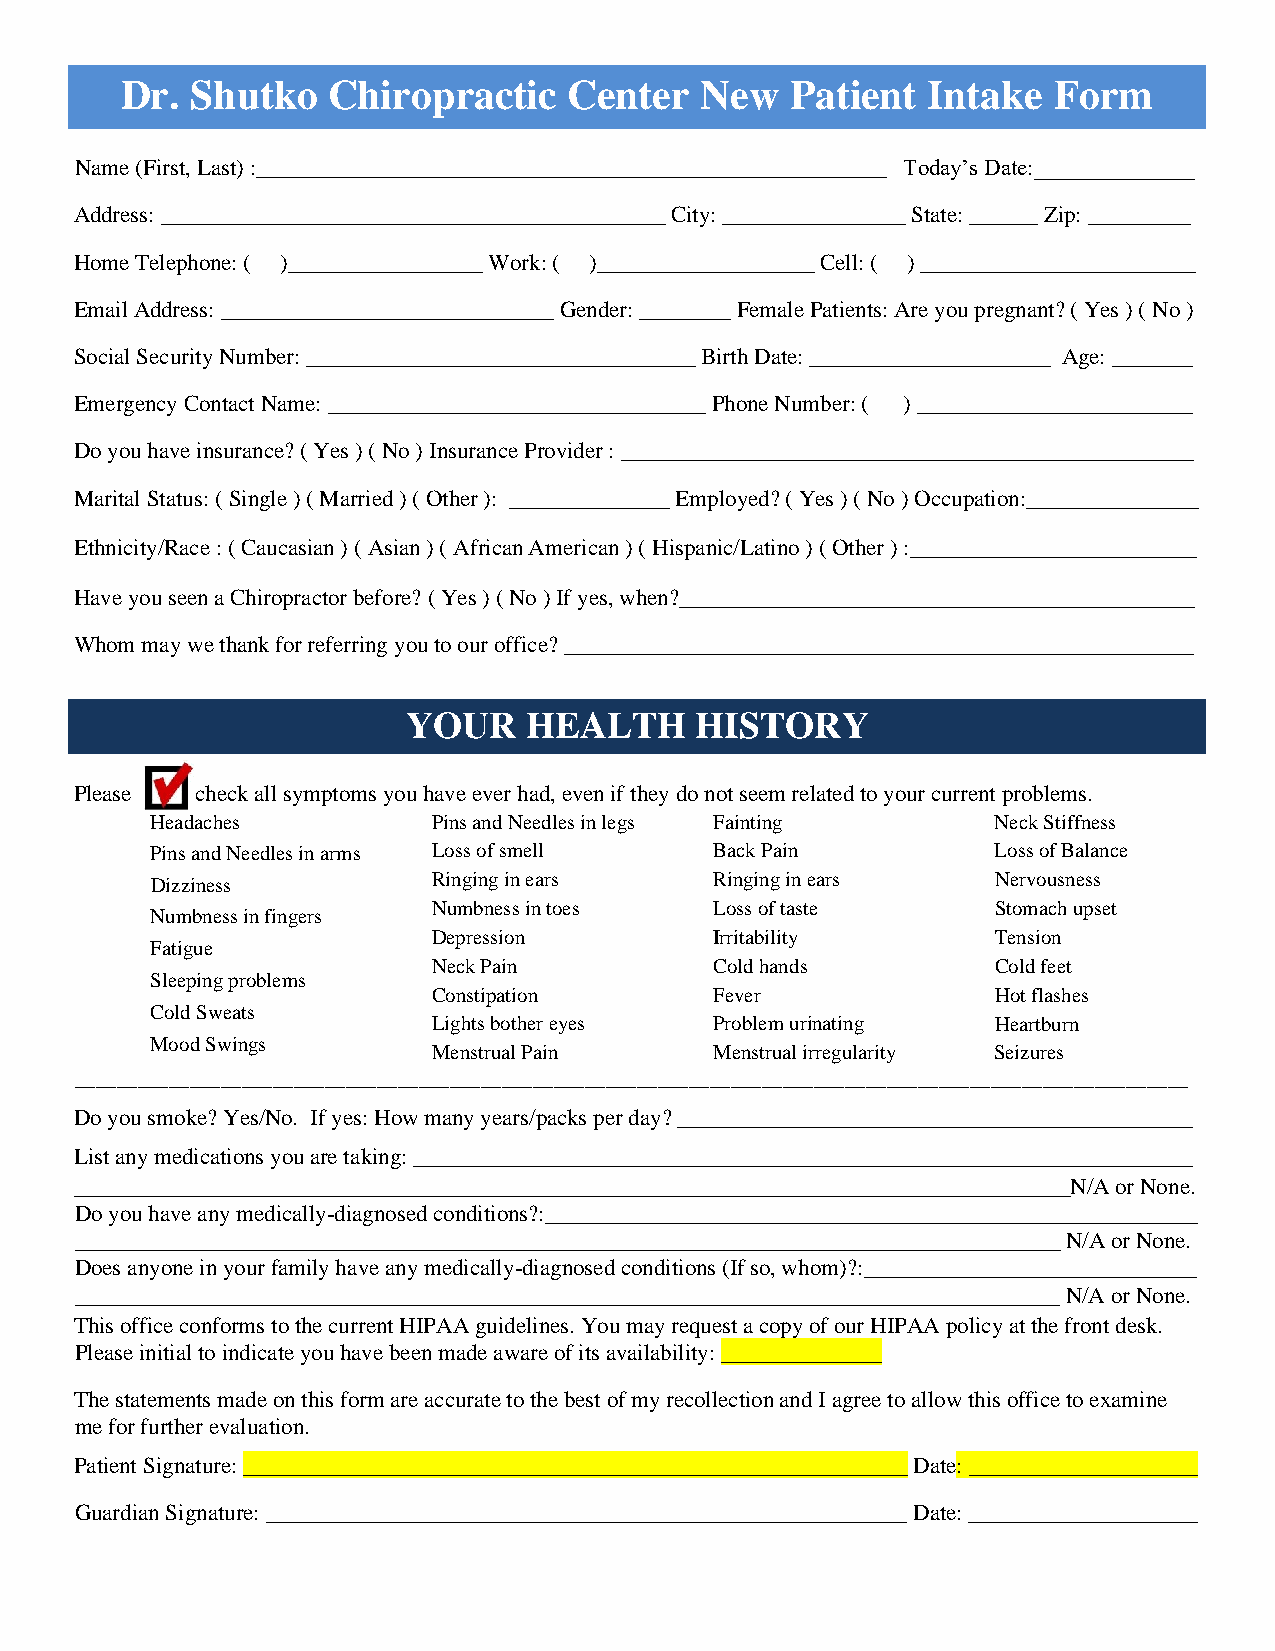
Dr.  Shutko   Chiropractic    Center  New   Patient  Intake   Form
 Name (First, Last) :_______________________________________________________ Today’s Date:______________
 Address: ____________________________________________ City: ________________ State: ______ Zip: _________
 Home Telephone: ( )_________________ Work: ( )___________________ Cell: ( ) ________________________
 Email Address: _____________________________ Gender: ________ Female Patients: Are you pregnant? ( Yes ) ( No )
 Social Security Number: __________________________________ Birth Date: _____________________ Age: _______
 Emergency Contact Name: _________________________________ Phone Number: ( ) ________________________
 Do you have insurance? ( Yes ) ( No ) Insurance Provider : __________________________________________________
 Marital Status: ( Single ) ( Married ) ( Other ): ______________ Employed? ( Yes ) ( No ) Occupation:_______________
 Ethnicity/Race : ( Caucasian ) ( Asian ) ( African American ) ( Hispanic/Latino ) ( Other ) :_________________________
 Have you seen a Chiropractor before? ( Yes ) ( No ) If yes, when?_____________________________________________
 Whom may we thank for referring you to our office? _______________________________________________________
 YOUR    HEALTH     HISTORY
 Please  check all symptoms you have ever had, even if they do not seem related to your current problems.
 Headaches          P i n s and Needles in legs F a i nting N e ck Stiffness
 Pins and Needles in arms Loss of smell Back Pain        Loss of Balance
 Dizziness          Ringing in ears   Ringing in ears    Nervousness
 Numbness in toes  Loss of taste      Stomach upset
 Numbness in fingers
 Depression        Irritability       Tension
 Fatigue
 Neck Pain         Cold hands         Cold feet
 Sleeping problems
 Constipation      Fever              Hot flashes
 Cold Sweats
 Lights bother eyes Problem urinating Heartburn
 Mood Swings
 Menstrual Pain    Menstrual irregularity Seizures
 ___________________________________________________________________________________________________________
 Do you smoke? Yes/No. If yes: How many years/packs per day? _____________________________________________
 List any medications you are taking: ____________________________________________________________________
 _______________________________________________________________________________________N/A or None.
 Do you have any medically-diagnosed conditions?:_________________________________________________________
 ______________________________________________________________________________________ N/A or None.
 Does anyone in your family have any medically-diagnosed conditions (If so, whom)?:_____________________________
 ______________________________________________________________________________________ N/A or None.
 This office conforms to the current HIPAA guidelines. You may request a copy of our HIPAA policy at the front desk.
 Please initial to indicate you have been made aware of its availability: ______________
 The statements made on this form are accurate to the best of my recollection and I agree to allow this office to examine
 me for further evaluation.
 Patient Signature: __________________________________________________________ Date: ____________________
 Guardian Signature: ________________________________________________________ Date: ____________________